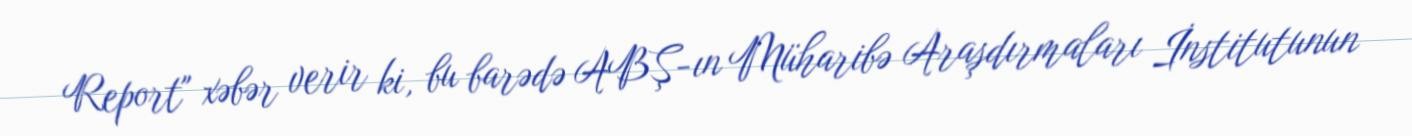
Report" xəbər verir ki, bu barədə ABŞ-ın Müharibə Araşdırmaları İnstitutunun